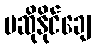
မဆိုနိုင်ချေ